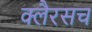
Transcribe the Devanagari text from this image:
क्लैरसच